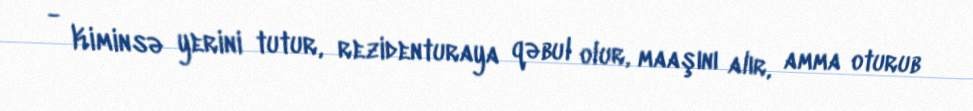
- Kiminsə yerini tutur, rezidenturaya qəbul olur, maaşını alır, amma oturub